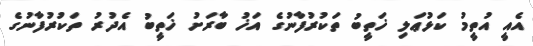
އެއީ އުތީމު ކަޅުޢަލި ޚަތީބު ތަކުރުފާނުގެ އަޚު ބާރަށު ޚަތީބު އެދުރު ތަކުރުފާނުގެ